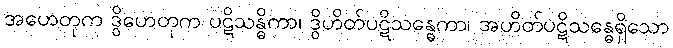
အဟေတုက ဒွိဟေတုက ပဋိသန္ဓိကာ၊ ဒွိဟိတ်ပဋိသန္ဓေကာ၊ အဟိတ်ပဋိသန္ဓေရှိသော